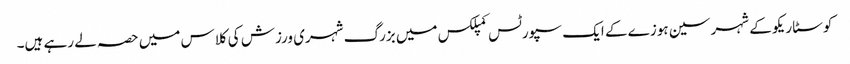
کوسٹا ریکو کے شہر سین ہوزے کے ایک سپورٹس کمپلکس میں بزرگ شہری ورزش کی کلاس میں حصہ لے رہے ہیں۔